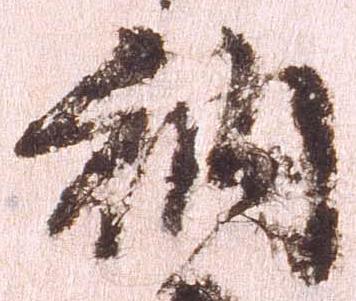
納